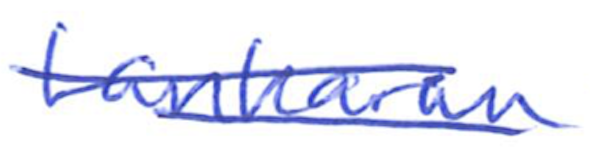
Text: Lankaran
Cross-out: double-line
Writing tool: ballpoint